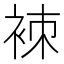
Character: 𧙞